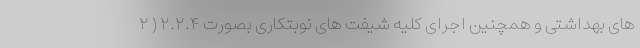
های بهداشتی و همچنین اجرای کلیه شیفت های نوبتکاری بصورت ۲.۲.۴ ( ۲